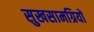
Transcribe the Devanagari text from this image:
सुखसामग्रियों